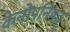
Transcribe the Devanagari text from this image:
केनोपनिषद्